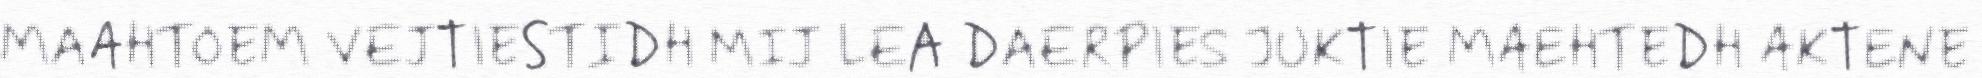
MAAHTOEM VEJTIESTIDH MIJ LEA DAERPIES JUKTIE MAEHTEDH AKTENE